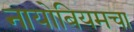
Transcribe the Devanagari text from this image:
नायोबियमचा